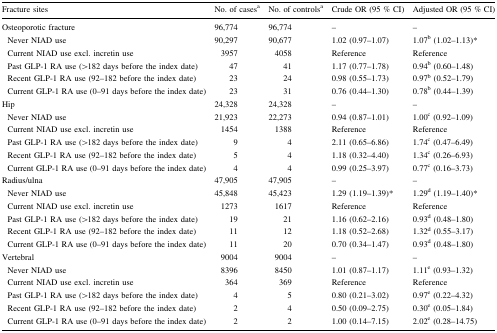
<table><thead><tr><td><b>Fracture sites</b></td><td><b>No. of cases<sup>a</sup></b></td><td><b>No. of controls<sup>a</sup></b></td><td><b>Crude OR (95 % CI)</b></td><td><b>Adjusted OR (95 % CI)</b></td></tr></thead><tbody><tr><td>Osteoporotic fracture</td><td>96,774</td><td>96,774</td><td>–</td><td>–</td></tr><tr><td> Never NIAD use</td><td>90,297</td><td>90,677</td><td>1.02 (0.97–1.07)</td><td>1.07<sup>b</sup> (1.02–1.13)*</td></tr><tr><td> Current NIAD use excl. incretin use</td><td>3957</td><td>4058</td><td>Reference</td><td>Reference</td></tr><tr><td> Past GLP-1 RA use (&gt;182 days before the index date)</td><td>47</td><td>41</td><td>1.17 (0.77–1.78)</td><td>0.94<sup>b</sup> (0.60–1.48)</td></tr><tr><td> Recent GLP-1 RA use (92–182 before the index date)</td><td>23</td><td>24</td><td>0.98 (0.55–1.73)</td><td>0.97<sup>b</sup> (0.52–1.79)</td></tr><tr><td> Current GLP-1 RA use (0–91 days before the index date)</td><td>23</td><td>31</td><td>0.76 (0.44–1.30)</td><td>0.78<sup>b</sup> (0.44–1.39)</td></tr><tr><td>Hip</td><td>24,328</td><td>24,328</td><td>–</td><td>–</td></tr><tr><td> Never NIAD use</td><td>21,923</td><td>22,273</td><td>0.94 (0.87–1.01)</td><td>1.00<sup>c</sup> (0.92–1.09)</td></tr><tr><td> Current NIAD use excl. incretin use</td><td>1454</td><td>1388</td><td>Reference</td><td>Reference</td></tr><tr><td> Past GLP-1 RA use (&gt;182 days before the index date)</td><td>9</td><td>4</td><td>2.11 (0.65–6.86)</td><td>1.74<sup>c</sup> (0.47–6.49)</td></tr><tr><td> Recent GLP-1 RA use (92–182 before the index date)</td><td>5</td><td>4</td><td>1.18 (0.32–4.40)</td><td>1.34<sup>c</sup> (0.26–6.93)</td></tr><tr><td> Current GLP-1 RA use (0–91 days before the index date)</td><td>4</td><td>4</td><td>0.99 (0.25–3.97)</td><td>0.77<sup>c</sup> (0.16–3.73)</td></tr><tr><td>Radius/ulna</td><td>47,905</td><td>47,905</td><td>–</td><td>–</td></tr><tr><td> Never NIAD use</td><td>45,848</td><td>45,423</td><td>1.29 (1.19–1.39)*</td><td>1.29<sup>d</sup> (1.19–1.40)*</td></tr><tr><td> Current NIAD use excl. incretin use</td><td>1273</td><td>1617</td><td>Reference</td><td>Reference</td></tr><tr><td> Past GLP-1 RA use (&gt;182 days before the index date)</td><td>19</td><td>21</td><td>1.16 (0.62–2.16)</td><td>0.93<sup>d</sup> (0.48–1.80)</td></tr><tr><td> Recent GLP-1 RA use (92–182 before the index date)</td><td>11</td><td>12</td><td>1.18 (0.52–2.68)</td><td>1.32<sup>d</sup> (0.55–3.17)</td></tr><tr><td> Current GLP-1 RA use (0–91 days before the index date)</td><td>11</td><td>20</td><td>0.70 (0.34–1.47)</td><td>0.93<sup>d</sup> (0.48–1.80)</td></tr><tr><td>Vertebral</td><td>9004</td><td>9004</td><td>–</td><td>–</td></tr><tr><td> Never NIAD use</td><td>8396</td><td>8450</td><td>1.01 (0.87–1.17)</td><td>1.11<sup>e</sup> (0.93–1.32)</td></tr><tr><td> Current NIAD use excl. incretin use</td><td>364</td><td>369</td><td>Reference</td><td>Reference</td></tr><tr><td> Past GLP-1 RA use (&gt;182 days before the index date)</td><td>4</td><td>5</td><td>0.80 (0.21–3.02)</td><td>0.97<sup>e</sup> (0.22–4.32)</td></tr><tr><td> Recent GLP-1 RA use (92–182 before the index date)</td><td>2</td><td>4</td><td>0.50 (0.09–2.75)</td><td>0.30<sup>e</sup> (0.05–1.84)</td></tr><tr><td> Current GLP-1 RA use (0–91 days before the index date)</td><td>2</td><td>2</td><td>1.00 (0.14–7.15)</td><td>2.02<sup>e</sup> (0.28–14.75)</td></tr></tbody></table>